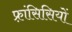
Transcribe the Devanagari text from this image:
फ़्रांसिसियों